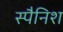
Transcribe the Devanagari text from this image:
स्‍पैनिश